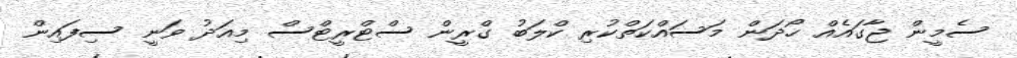
ސެމީން ޖާގައެއް ހޯދަން މަސައްކަތްކުރި ކްލަބު ގްރީން ސްޓްރީޓްސް މިއަދު ވަނީ ސިފައިން